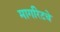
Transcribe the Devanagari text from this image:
मार्गारेटचे